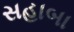
સહાબા